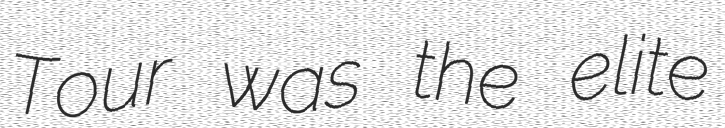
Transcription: Tour was the elite